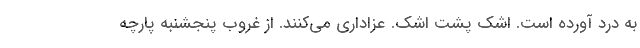
به درد آورده است. اشک پشت اشک. عزاداری می‌کنند. از غروب پنجشنبه پارچه